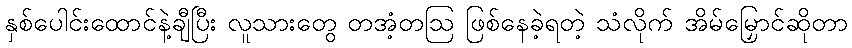
နှစ်ပေါင်းထောင်နဲ့ချီပြီး လူသားတွေ တအံ့တဩ ဖြစ်နေခဲ့ရတဲ့ သံလိုက် အိမ်မြှောင်ဆိုတာ